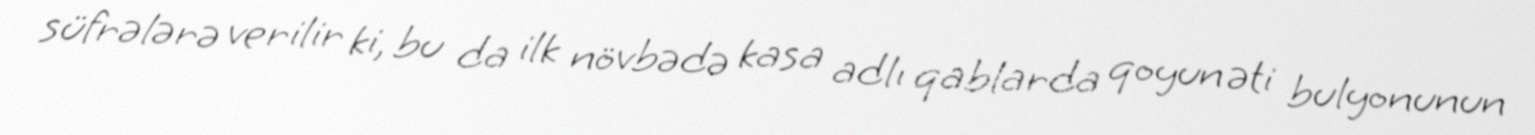
süfrələrə verilir ki, bu da ilk növbədə kasa adlı qablarda qoyun əti bulyonunun